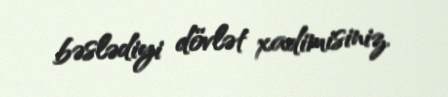
bəslədiyi dövlət xadimisiniz.